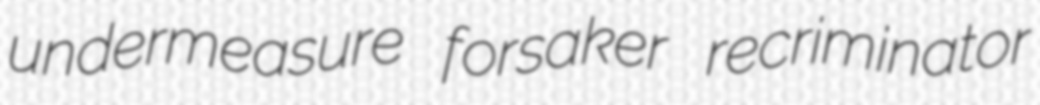
undermeasure forsaker recriminator